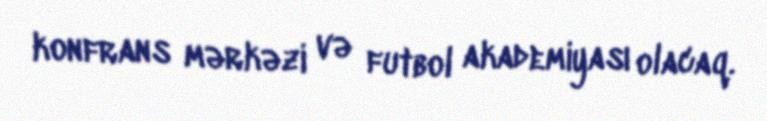
konfrans mərkəzi və futbol akademiyası olacaq.